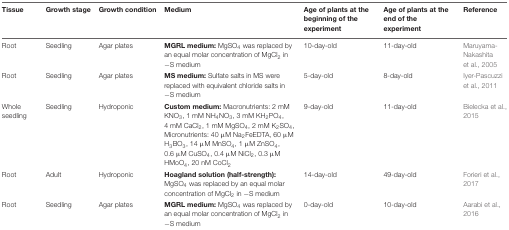
<table><thead><tr><td><b>Tissue</b></td><td><b>Growth stage</b></td><td><b>Growth condition</b></td><td><b>Medium</b></td><td><b>Age of plants at the beginning of the experiment</b></td><td><b>Age of plants at the end of the experiment</b></td><td><b>Reference</b></td></tr></thead><tbody><tr><td>Root</td><td>Seedling</td><td>Agar plates</td><td><b>MGRL medium:</b> MgSO<sub>4</sub> was replaced by an equal molar concentration of MgCl<sub>2</sub> in -S medium</td><td>10-day-old</td><td>11-day-old</td><td>Maruyama-Nakashita et al., 2005</td></tr><tr><td>Root</td><td>Seedling</td><td>Agar plates</td><td><b>MS medium:</b> Sulfate salts in MS were replaced with equivalent chloride salts in -S medium</td><td>5-day-old</td><td>8-day-old</td><td>Iyer-Pascuzzi et al., 2011</td></tr><tr><td>Whole seedling</td><td>Seedling</td><td>Hydroponic</td><td><b>Custom medium:</b> Macronutrients: 2 mM KNO<sub>3</sub>, 1 mM NH<sub>4</sub>NO<sub>3</sub>, 3 mM KH<sub>2</sub>PO<sub>4</sub>, 4 mM CaCl<sub>2</sub>, 1 mM MgSO<sub>4</sub>, 2 mM K<sub>2</sub>SO<sub>4</sub>, Micronutrients: 40 μM Na<sub>2</sub>FeEDTA, 60 μM H<sub>3</sub>BO<sub>3</sub>, 14 μM MnSO<sub>4</sub>, 1 μM ZnSO<sub>4</sub>, 0.6 μM CuSO<sub>4</sub>, 0.4 μM NiCl<sub>2</sub>, 0.3 μM HMoO<sub>4</sub>, 20 nM CoCl<sub>2</sub></td><td>9-day-old</td><td>11-day-old</td><td>Bielecka et al., 2015</td></tr><tr><td>Root</td><td>Adult</td><td>Hydroponic</td><td><b>Hoagland solution (half-strength):</b> MgSO<sub>4</sub> was replaced by an equal molar concentration of MgCl<sub>2</sub> in -S medium</td><td>14-day-old</td><td>49-day-old</td><td>Forieri et al., 2017</td></tr><tr><td>Root</td><td>Seedling</td><td>Agar plates</td><td><b>MGRL medium:</b> MgSO<sub>4</sub> was replaced by an equal molar concentration of MgCl<sub>2</sub> in -S medium</td><td>0-day-old</td><td>10-day-old</td><td>Aarabi et al., 2016</td></tr></tbody></table>